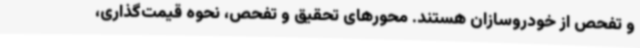
و تفحص از خودروسازان هستند. محورهای تحقیق و تفحص، نحوه قیمت‌گذاری،